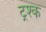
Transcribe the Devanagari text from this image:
ट्रश्क